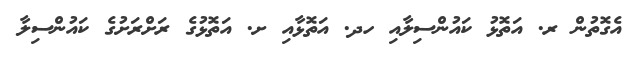
އެގޮތުން ރ. އަތޮޅު ކައުންސިލާއި ހދ. އަތޮޅާއި ށ. އަތޮޅުގެ ރަށްރަށުގެ ކައުންސިލާ